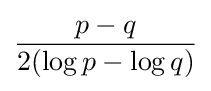
{\frac {p-q}{2(\log p-\log q)}}